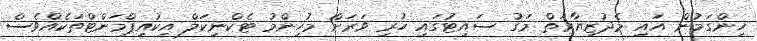
ހިންގަމުން އައި މެދުޒިޔާރަތް މަގު ސައިޓުގައި ހުރި ވަރަށް މުހިންމު ޓެކްނިކަލް އިކުއިޕްމަންޓްތަކެއްވެސް